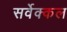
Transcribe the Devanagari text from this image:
सर्वेक्कल